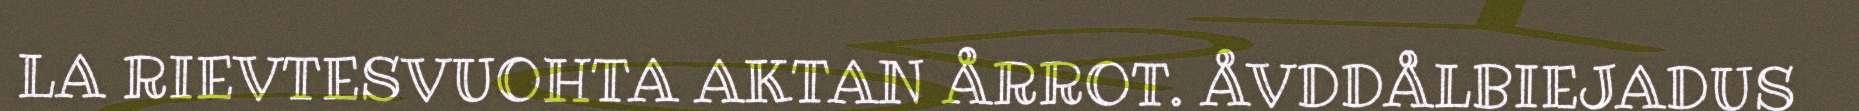
LA RIEVTESVUOHTA AKTAN ÅRROT. ÅVDDÅLBIEJADUS